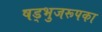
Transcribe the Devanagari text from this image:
षड्भुजरूपका